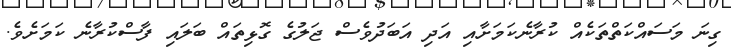
ގިނަ މަސައްކަތްތަކެއް ކުރާނެކަމަށާއި އަދި އަބަދުވެސް ޖަލުގެ ގޮޅިތައް ބަލައި ފާސްކުރާނެ ކަމަށެވެ.